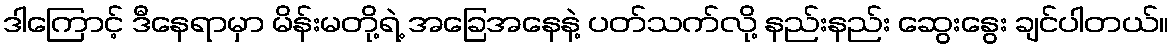
ဒါကြောင့် ဒီနေရာမှာ မိန်းမတို့ရဲ့ အခြေအနေနဲ့ ပတ်သက်လို့ နည်းနည်း ဆွေးနွေး ချင်ပါတယ်။